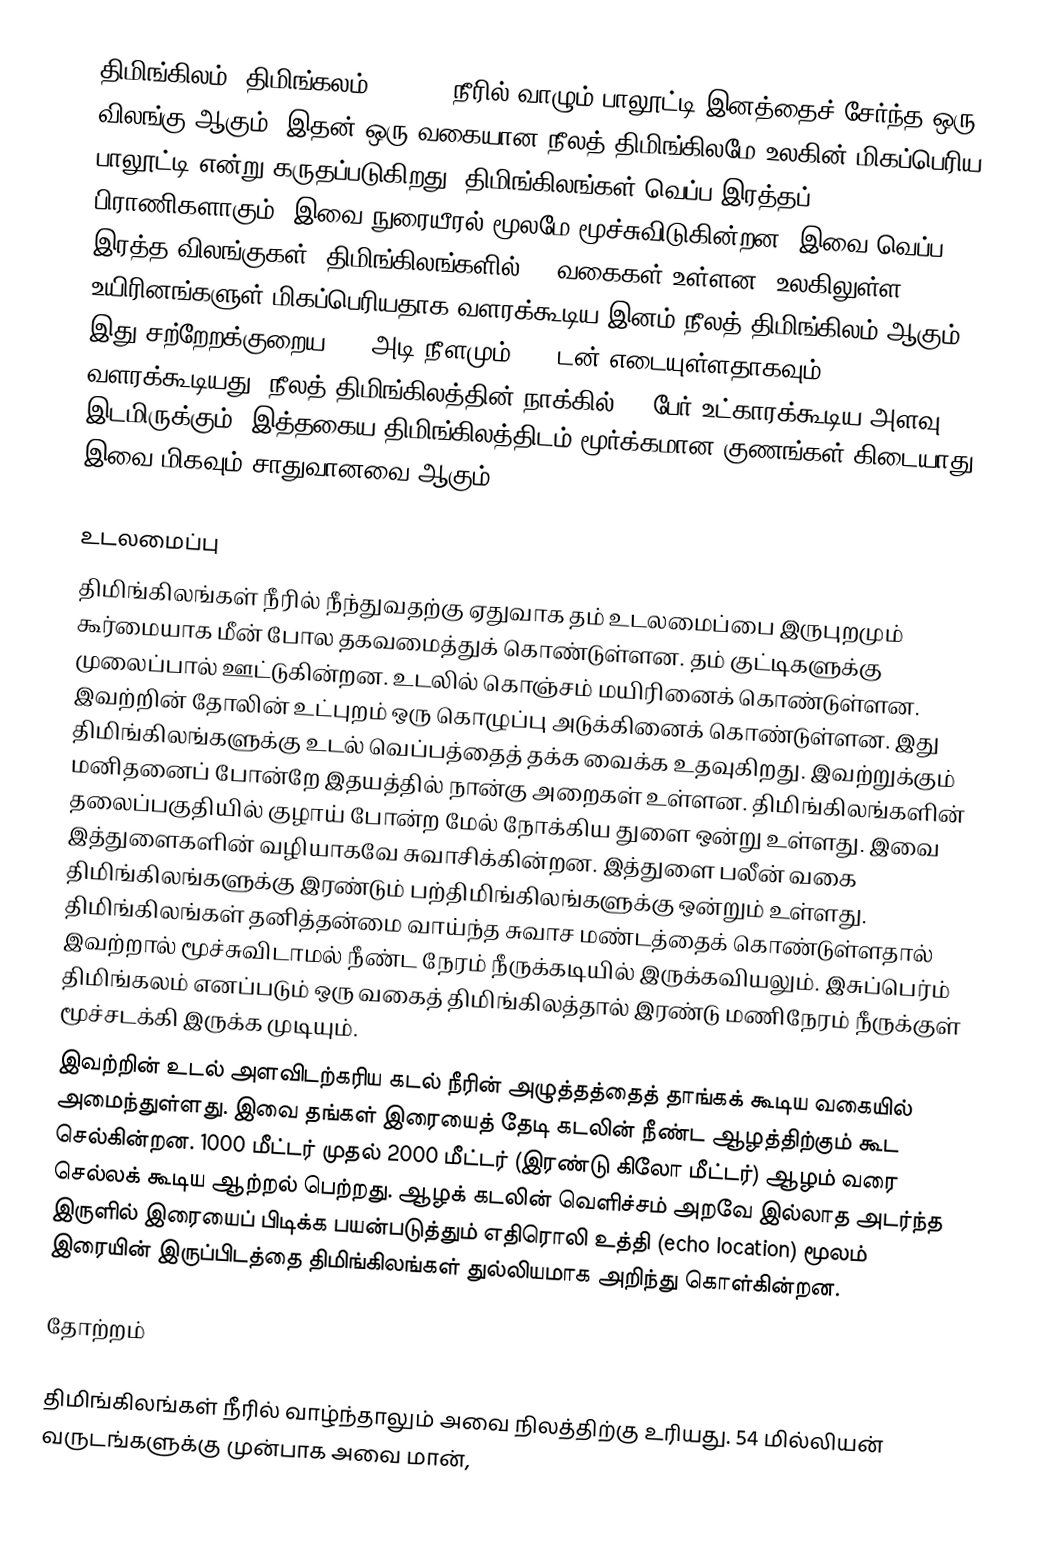
திமிங்கிலம் (திமிங்கலம், Whale) நீரில் வாழும் பாலூட்டி இனத்தைச் சேர்ந்த ஒரு விலங்கு ஆகும். இதன் ஒரு வகையான நீலத் திமிங்கிலமே உலகின் மிகப்பெரிய பாலூட்டி என்று கருதப்படுகிறது. திமிங்கிலங்கள் வெப்ப இரத்தப் பிராணிகளாகும். இவை நுரையீரல் மூலமே மூச்சுவிடுகின்றன. இவை வெப்ப இரத்த விலங்குகள். திமிங்கிலங்களில் 75 வகைகள் உள்ளன. உலகிலுள்ள உயிரினங்களுள் மிகப்பெரியதாக வளரக்கூடிய இனம் நீலத் திமிங்கிலம் ஆகும். இது சற்றேறக்குறைய 100 அடி நீளமும் 150 டன் எடையுள்ளதாகவும் வளரக்கூடியது. நீலத் திமிங்கிலத்தின் நாக்கில் 50 பேர் உட்காரக்கூடிய அளவு இடமிருக்கும். இத்தகைய திமிங்கிலத்திடம் மூர்க்கமான குணங்கள் கிடையாது. இவை மிகவும் சாதுவானவை ஆகும்.

உடலமைப்பு
திமிங்கிலங்கள் நீரில் நீந்துவதற்கு ஏதுவாக தம் உடலமைப்பை இருபுறமும் கூர்மையாக மீன் போல தகவமைத்துக் கொண்டுள்ளன. தம் குட்டிகளுக்கு முலைப்பால் ஊட்டுகின்றன. உடலில் கொஞ்சம் மயிரினைக் கொண்டுள்ளன. இவற்றின் தோலின் உட்புறம் ஒரு கொழுப்பு அடுக்கினைக் கொண்டுள்ளன. இது திமிங்கிலங்களுக்கு உடல் வெப்பத்தைத் தக்க வைக்க உதவுகிறது. இவற்றுக்கும் மனிதனைப் போன்றே இதயத்தில் நான்கு அறைகள் உள்ளன. திமிங்கிலங்களின் தலைப்பகுதியில் குழாய் போன்ற மேல் நோக்கிய துளை ஒன்று உள்ளது. இவை இத்துளைகளின் வழியாகவே சுவாசிக்கின்றன. இத்துளை பலீன் வகை திமிங்கிலங்களுக்கு இரண்டும் பற்திமிங்கிலங்களுக்கு ஒன்றும் உள்ளது. திமிங்கிலங்கள் தனித்தன்மை வாய்ந்த சுவாச மண்டத்தைக் கொண்டுள்ளதால் இவற்றால் மூச்சுவிடாமல் நீண்ட நேரம் நீருக்கடியில் இருக்கவியலும். இசுப்பெர்ம் திமிங்கலம் எனப்படும் ஒரு வகைத் திமிங்கிலத்தால் இரண்டு மணிநேரம் நீருக்குள் மூச்சடக்கி இருக்க முடியும்.
இவற்றின் உடல் அளவிடற்கரிய கடல் நீரின் அழுத்தத்தைத் தாங்கக் கூடிய வகையில் அமைந்துள்ளது. இவை தங்கள் இரையைத் தேடி கடலின் நீண்ட ஆழத்திற்கும் கூட செல்கின்றன. 1000 மீட்டர் முதல் 2000 மீட்டர் (இரண்டு கிலோ மீட்டர்) ஆழம் வரை செல்லக் கூடிய ஆற்றல் பெற்றது. ஆழக் கடலின் வெளிச்சம் அறவே இல்லாத அடர்ந்த இருளில் இரையைப் பிடிக்க பயன்படுத்தும் எதிரொலி உத்தி (echo location) மூலம் இரையின் இருப்பிடத்தை திமிங்கிலங்கள் துல்லியமாக அறிந்து கொள்கின்றன.

தோற்றம்

திமிங்கிலங்கள் நீரில் வாழ்ந்தாலும் அவை நிலத்திற்கு உரியது. 54 மில்லியன் வருடங்களுக்கு முன்பாக அவை மான்,